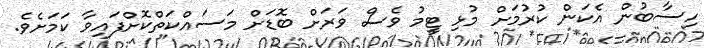
ހިސާބުން އެކަން ކުރުމަށް މުޅި ޓީމު ވެސް ވަރަށް ބޮޑަށް މަސައްކަތްކޮށްފައިވާ ކަމަށެވެ.